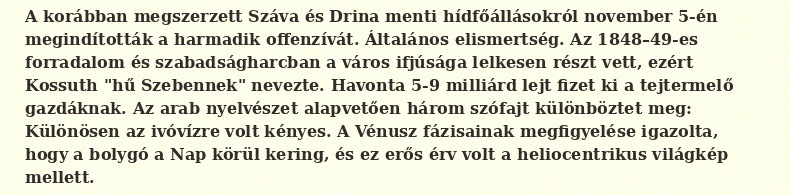
A korábban megszerzett Száva és Drina menti hídfőállásokról november 5-én megindították a harmadik offenzívát. Általános elismertség. Az 1848–49-es forradalom és szabadságharcban a város ifjúsága lelkesen részt vett, ezért Kossuth "hű Szebennek" nevezte. Havonta 5-9 milliárd lejt fizet ki a tejtermelő gazdáknak. Az arab nyelvészet alapvetően három szófajt különböztet meg: Különösen az ivóvízre volt kényes. A Vénusz fázisainak megfigyelése igazolta, hogy a bolygó a Nap körül kering, és ez erős érv volt a heliocentrikus világkép mellett.